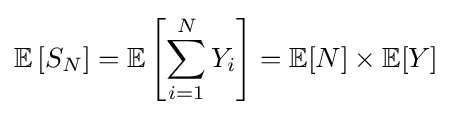
\mathbb {E} \left[S_{N}\right]=\mathbb {E} \left[\sum _{i=1}^{N}Y_{i}\right]=\mathbb {E} [N]\times \mathbb {E} [Y]